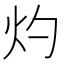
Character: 灼